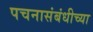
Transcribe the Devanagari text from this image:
पचनासंबंधीच्या